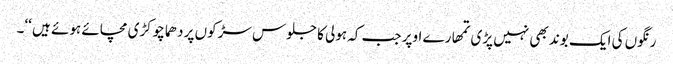
رنگوں کی ایک بوند بھی نہیں پڑی تمھارے اوپر جب کہ ہولی کا جلوس سڑکوں پر دھماچوکڑی مچائے ہوئے ہیں ‘‘۔